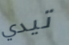
تيدي